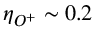
\eta _ { O ^ { + } } \sim 0 . 2